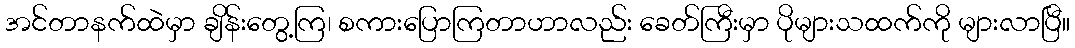
အင်တာနက်ထဲမှာ ချိန်းတွေ့ကြ၊ စကားပြောကြတာဟာလည်း ခေတ်ကြီးမှာ ပိုများသထက်ကို များလာပြီ။